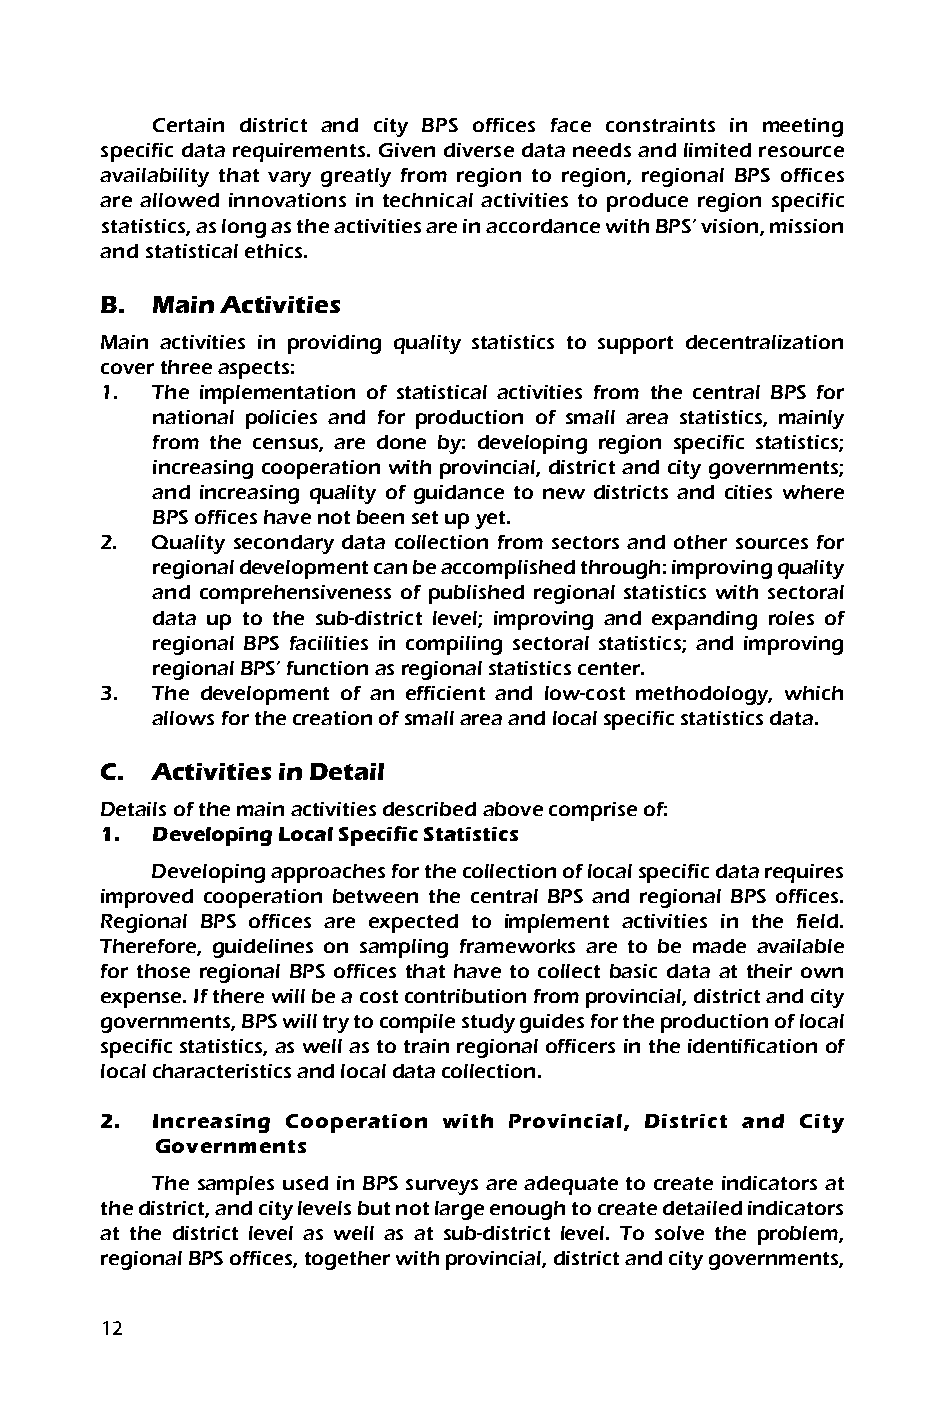
Certain district and city BPS offices face constraints in meeting
 specific data requirements. Given diverse data needs and limited resource
 availability that vary greatly from region to region, regional BPS offices
 are allowed innovations in technical activities to produce region specific
 statistics, as long as the activities are in accordance with BPS’ vision, mission
 and statistical ethics.
 B. Main Activities
 Main activities in providing quality statistics to support decentralization
 cover three aspects:
 1. The implementation of statistical activities from the central BPS for
 national policies and for production of small area statistics, mainly
 from the census, are done by: developing region specific statistics;
 increasing cooperation with provincial, district and city governments;
 and increasing quality of guidance to new districts and cities where
 BPS offices have not been set up yet.
 2. Quality secondary data collection from sectors and other sources for
 regional development can be accomplished through: improving quality
 and comprehensiveness of published regional statistics with sectoral
 data up to the sub-district level; improving and expanding roles of
 regional BPS facilities in compiling sectoral statistics; and improving
 regional BPS’ function as regional statistics center.
 3. The development of an efficient and low-cost methodology, which
 allows for the creation of small area and local specific statistics data.
 C. Activities in Detail
 Details of the main activities described above comprise of:
 1. Developing Local Specific Statistics
 Developing approaches for the collection of local specific data requires
 improved cooperation between the central BPS and regional BPS offices.
 Regional BPS offices are expected to implement activities in the field.
 Therefore, guidelines on sampling frameworks are to be made available
 for those regional BPS offices that have to collect basic data at their own
 expense. If there will be a cost contribution from provincial, district and city
 governments, BPS will try to compile study guides for the production of local
 specific statistics, as well as to train regional officers in the identification of
 local characteristics and local data collection.
 2. Increasing Cooperation with Provincial, District and City
 Governments
 The samples used in BPS surveys are adequate to create indicators at
 the district, and city levels but not large enough to create detailed indicators
 at the district level as well as at sub-district level. To solve the problem,
 regional BPS offices, together with provincial, district and city governments,
 